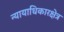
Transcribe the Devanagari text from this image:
न्यायाधिकारक्षेत्र